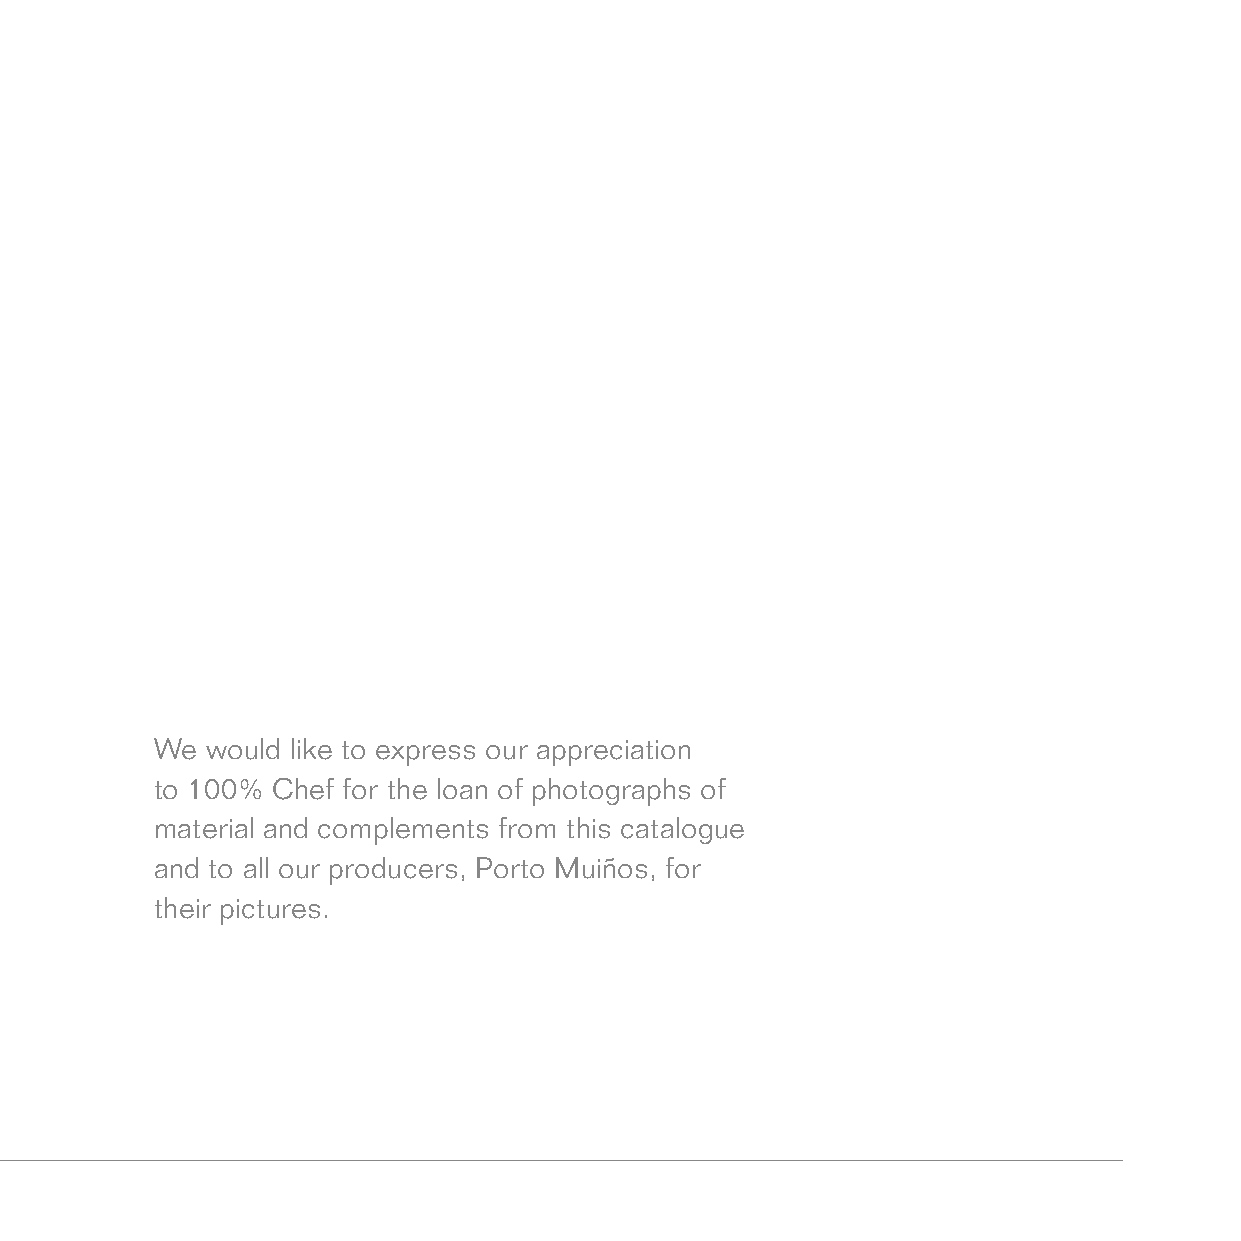
We  would like to express our appreciation
 to 100% Chef for the loan of photographs of
 material and complements from this catalogue
 and to all our producers, Porto Muiños, for
 their pictures.